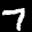
Label: 7